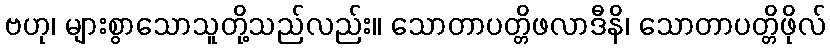
ဗဟု၊ များစွာသောသူတို့သည်လည်း။ သောတာပတ္တိဖလာဒီနိ၊ သောတာပတ္တိဖိုလ်